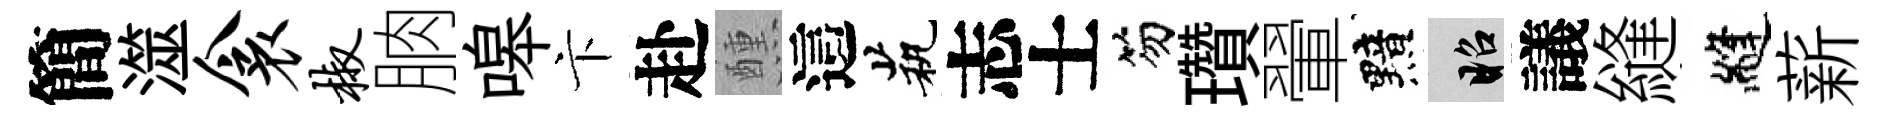
簡澨衾椒朒嗥卞赴醺這茕志士笏瓚翬黯昭議縫縫薪